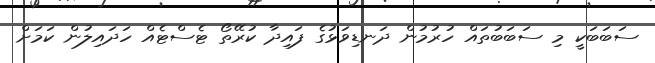
ސަބަބަކީ މި ސަބަބުތައް ހުރުމުން ދަނޑިވަޅުގެ ފައިދާ ކުރޭތޯ ޓެސްޓެއް ހަދައިލުން ކަމަށް